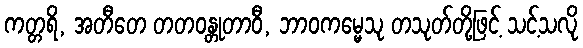
ကတ္တရိ, အတီတေ တတဝန္တုတာဝီ, ဘာဝကမ္မေသု တသုတ်တို့ဖြင့် သင့်သလို